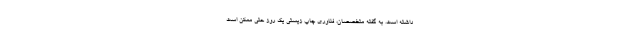
داشته است. به گفته متخصصان، فناوری چاپ زیستی یک روز حتی ممکن است